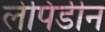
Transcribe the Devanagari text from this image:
लेपिंडीन